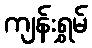
ကျန်းရွှမ်